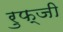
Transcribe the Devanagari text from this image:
रुफ्जी